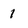
Character: 1